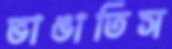
ভাঙাতিস